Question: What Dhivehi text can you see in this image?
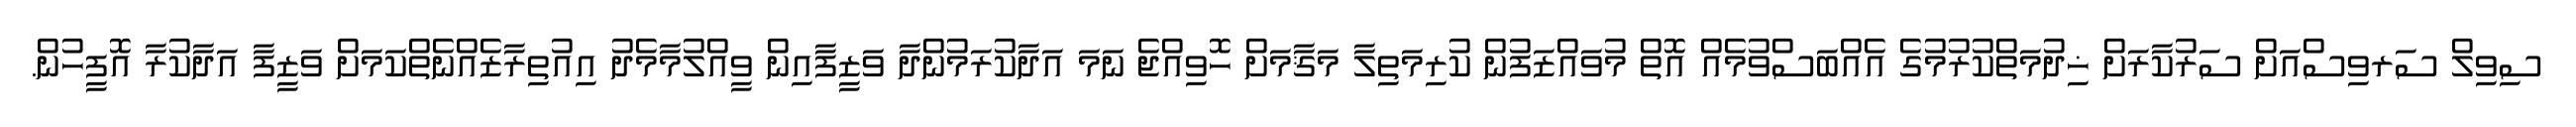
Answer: ސިވިލް ސަރވިސްއަށް ސަރުކާރަށް ޚިދުމަތްކުރުމުގެ އެއްބަސްވުމެއް އޮތް މުވައްޒަފުން ކުރިމަތިލާ މަޤާމަށް ހޮވިއްޖެ ނަމަ އަދާކުރަމުންދާ ވަޒީފާއިން ވީއްލުމާމެދު އިއުތިރާޒެއްނެތްކަމަށް ވަޒީފާ އަދާކުރާ އޮފީހުން.